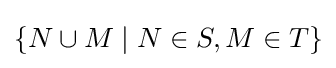
\{N\cup M\mid N\in S,M\in T\}